Report on sanitation, dispensaries, and jails in Rajputana for 1911, and on vaccination for the year 1911-1912 - 1911-1912
Year: 1911
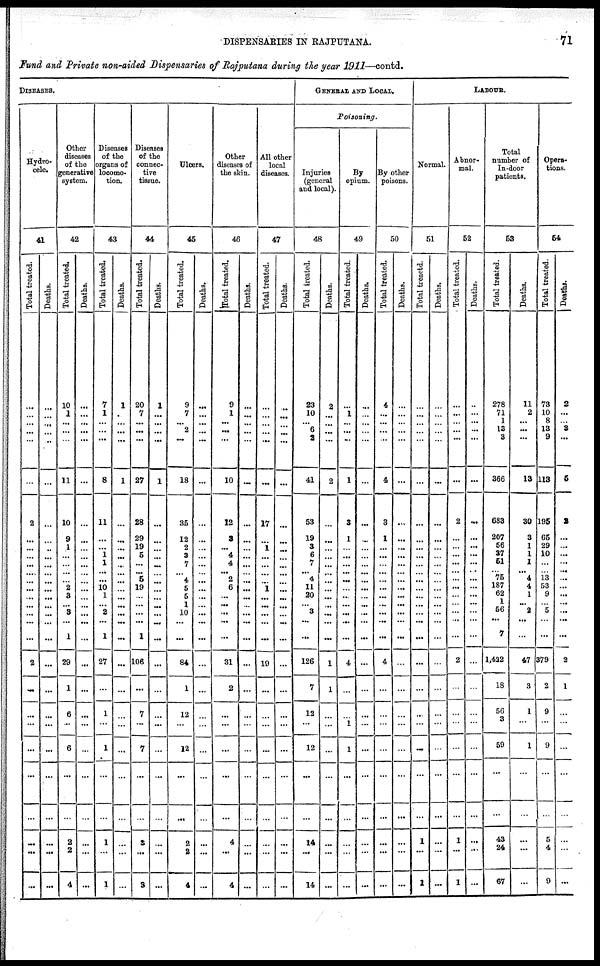
DISPENSARIES IN RAJPUTANA.
71
Fund and Private non-aided Dispensaries of Rajputana during the year 1911—contd.
DISEASES.
Hydro-
cele.
41
Total treated.
...
...
...
...
...
...
2
...
...
...
...
...
...
...
...
...
...
...
...
2
...
...
...
...
...
...
...
...
...
Deaths.
...
...
...
...
...
...
...
...
...
...
...
...
...
...
...
...
...
...
...
...
...
...
...
...
...
...
...
...
...
Other
diseases
of the
generative
system.
42
Total treated.
10
1
...
...
...
11
10
9
1
...
...
...
... 2
3
...
3
...
1
29
1
6
...
6
...
...
2
2
4
Deaths.
...
...
...
...
...
...
...
...
...
...
...
...
...
...
...
...
...
...
...
...
...
...
...
...
...
...
...
...
...
Diseases
of the
organs of
locomo-
tion.
43
Total treated.
7
1
...
...
...
8
11
...
...
1
1
...
...
10
1
...
2
...
1
27
...
1
...
1
...
...
1
...
1
Deaths.
1
...
...
...
...
1
...
...
...
...
...
...
...
...
...
...
...
...
...
...
...
...
...
...
...
...
...
...
...
Diseases
of the
connec-
tive
tissue.
44
Total treated.
20
7
...
...
...
27
28
29
19
5
...
...
5
19
...
...
...
...
1
106
...
7
...
7
...
...
3
...
3
Deaths.
1
...
...
...
...
1
...
...
...
...
...
...
...
...
...
...
...
...
...
...
...
...
...
...
...
...
...
...
...
Ulcers.
45
Total treated.
9
7
...
2
...
18
35
12
2
3
7
... 4
5
5
1
10
...
...
84
1
12
...
12
...
...
2
2
4
Deaths.
...
...
...
...
...
...
...
...
...
...
...
...
...
...
...
...
...
...
...
...
...
...
...
...
...
...
...
...
...
Other
diseases of
the skin.
46
Total treated.
9
1
...
...
...
10
12
3
...
4
4
... 2
6
...
...
...
...
...
31
2
...
...
...
...
...
4
...
4
Deaths.
...
...
...
...
...
...
...
...
...
...
...
...
...
...
...
...
...
...
...
...
...
...
...
...
...
...
...
...
...
All other
local
diseases.
47
Total treated.
...
...
...
...
...
...
17
...
1
...
...
...
...
1
...
...
...
...
...
19
...
...
...
...
...
...
...
...
...
Deaths.
...
...
...
...
...
...
...
...
...
...
...
...
...
...
...
...
...
...
...
...
...
...
...
...
...
...
...
...
...
GENERAL AND LOCAL.
Poisoning.
Injuries
(general
and local).
48
Total treated.
23
10
...
6
2
41
53
19
3
6
7
... 4
11
20
...
3
...
...
126
7
12
...
12
...
...
14
...
14
Deaths.
2
...
...
...
...
2
...
...
...
...
...
...
...
...
...
...
...
...
...
1
1
...
...
...
...
...
...
...
...
By
opium.
49
Total treated.
...
1
...
...
...
1
3
1
...
...
...
...
...
...
...
...
...
...
...
4
...
...
1
1
...
...
...
...
...
Deaths.
...
...
...
...
...
...
...
...
...
...
...
...
...
...
...
...
...
...
...
...
...
...
...
...
...
...
...
...
...
By other
poisons.
50
Total treated.
4
...
...
...
...
4
3
1
...
...
...
...
...
...
...
...
...
...
...
4
...
...
...
...
...
...
...
...
...
Deaths.
...
...
...
...
...
...
...
...
...
...
...
...
...
...
...
...
...
...
...
...
...
...
...
...
...
...
...
...
...
LABOUR.
Normal.
51
Total treaetd.
...
...
...
...
...
...
...
...
...
...
...
...
...
...
...
...
...
...
...
...
...
..
...
...
...
...
1
...
1
Deaths.
...
...
...
...
...
...
...
...
...
...
...
...
...
...
...
...
...
...
...
...
...
...
...
...
...
...
...
...
...
Abnor-
mal.
52
Total treated.
...
...
...
...
...
...
2
...
...
...
...
...
...
...
...
...
...
...
...
2
...
...
...
...
...
...
1
...
1
Deaths.
...
...
...
...
...
...
...
...
...
...
...
...
...
...
...
...
...
...
...
...
...
...
...
...
...
...
...
...
...
Total
number of
In-door
patients.
53
Total treated.
278
71
1
13
3
366
683
207
56
37
51
...
75
187
62
1
56
...
7
1,422
18
56
3
59
...
...
43
24
67
Deaths.
11
2
...
...
...
13
30
3
1
1
1
... 4
4
1
...
2
...
...
47
3
1
...
1
...
...
...
...
...
Opera-
tions.
54
Total treated.
73
10
8
13
9
113
195
65
29
10
...
...
13
53
9
...
5
...
...
379
2
9
...
9
...
...
5
4
9
Deaths.
2
...
...
3
...
5
1
...
...
...
...
...
...
...
...
...
...
...
...
2
1
...
...
...
...
...
...
...
...